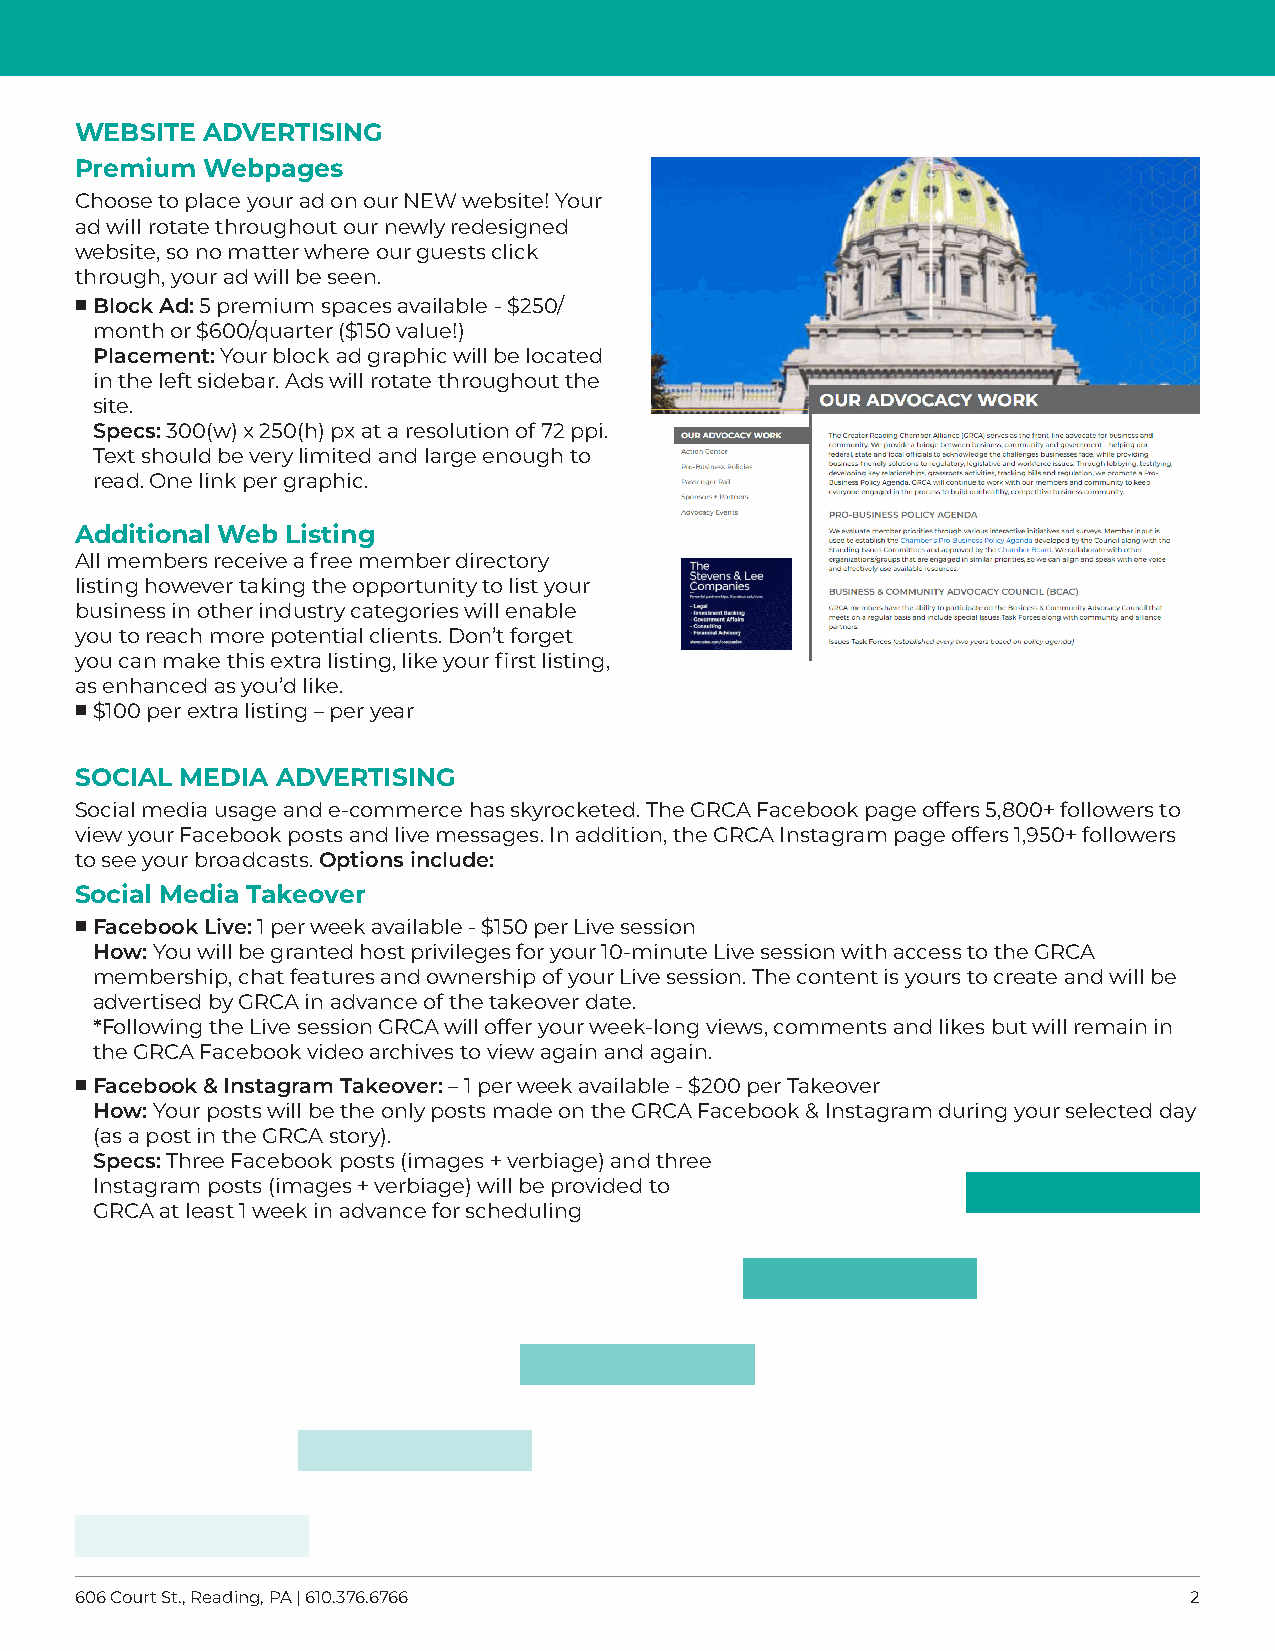
WEBSITE ADVERTISING
 Premium Webpages
 Choose to place your ad on our NEW website! Your
 ad will rotate throughout our newly redesigned
 website, so no matter where our guests click
 through, your ad will be seen.
  Block Ad: 5 premium spaces available - $250/
 month or $600/quarter ($150 value!)
 Placement: Your block ad graphic will be located
 in the left sidebar. Ads will rotate throughout the
 site.
 Specs: 300(w) x 250(h) px at a resolution of 72 ppi.
 Text should be very limited and large enough to
 read. One link per graphic.
 Additional Web Listing
 All members receive a free member directory
 listing however taking the opportunity to list your
 business in other industry categories will enable
 you to reach more potential clients. Don’t forget
 you can make this extra listing, like your first listing,
 as enhanced as you’d like.
  $100 per extra listing – per year
 SOCIAL MEDIA ADVERTISING
 Social media usage and e-commerce has skyrocketed. The GRCA Facebook page offers 5,800+ followers to
 view your Facebook posts and live messages. In addition, the GRCA Instagram page offers 1,950+ followers
 to see your broadcasts. Options include:
 Social Media Takeover
  F acebook Live: 1 per week available - $150 per Live session
 How: You will be granted host privileges for your 10-minute Live session with access to the GRCA
 membership, chat features and ownership of your Live session. The content is yours to create and will be
 advertised by GRCA in advance of the takeover date.
 *Following the Live session GRCA will offer your week-long views, comments and likes but will remain in
 the GRCA Facebook video archives to view again and again.
  Facebook & Instagram Takeover: – 1 per week available - $200 per Takeover
 How: Your posts will be the only posts made on the GRCA Facebook & Instagram during your selected day
 (as a post in the GRCA story).
 Specs: Three Facebook posts (images + verbiage) and three
 Instagram posts (images + verbiage) will be provided to
 GRCA at least 1 week in advance for scheduling
 606 Court St., Reading, PA | 610.376.6766                                 2